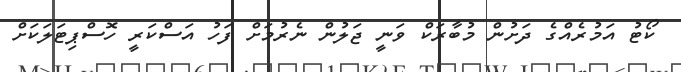
ކޯޓު އަމުރެއްގެ ދަށުން މުބާރަކް ވަނީ ޖަލުން ނެރުމަށް ފަހު އަސްކަރީ ހޮސްޕިޓަލަކަށް